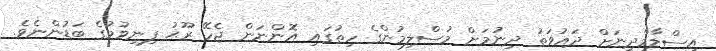
އިސްލާމްދީނަށް ދައުވަތު ދިނުމަށް މުސްލިމުންގެ ހިތުގައި އޮންނަން ޖެހޭ ރޫޙު ފިނިވުމުގެ ބަޑުންނެވެ.